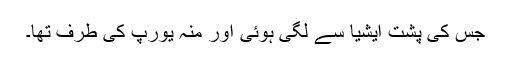
جس کی پشت ایشیا سے لگی ہوئی اور منہ یورپ کی طرف تھا۔